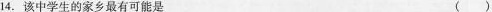
14.该中学生的家乡最有可能是 ( )